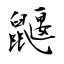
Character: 鼴